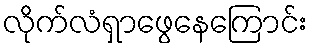
လိုက်လံရှာဖွေနေကြောင်း